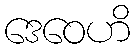
ဒေဝေဟိ